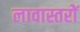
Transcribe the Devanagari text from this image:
लावास्तरोें